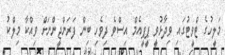
މަލީހުގެ ޓްވީޓުގައި ވިދާޅުވީ ޕީޕީއެމް އިސްވެ ދިވެހި ބިން ފަރަންޖީންނަށް ވިއްކާ މިލްކު